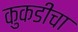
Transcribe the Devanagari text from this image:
कुकडीचा